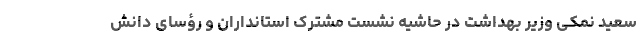
سعید نمکی وزیر بهداشت در حاشیه نشست مشترک استانداران و رؤسای دانش